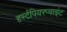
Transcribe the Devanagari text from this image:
हर्स्टपियरप्वाइंट